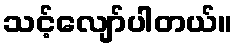
သင့်လျော်ပါတယ်။